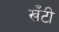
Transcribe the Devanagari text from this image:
खँटी